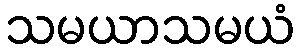
သမယာသမယံ